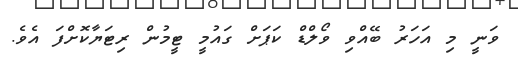
ވަނީ މި އަހަރު ބޭއްވި ވޯލްޑް ކަޕަށް ގައުމީ ޓީމުން ރިޓަޔާކޮށްފަ އެވެ.